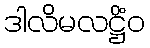
ဒါလိမလဋ္ဌိံဝ